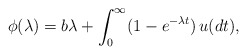
\begin{align*}\phi(\lambda)=b\lambda+\int^\infty_0(1-e^{-\lambda t})\,u(dt),\end{align*}